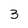
Character: 3